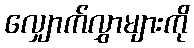
လျှောက်လွှာများကို